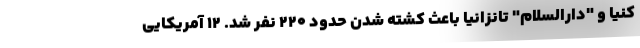
کنیا و "دارالسلام" تانزانیا باعث کشته شدن حدود 220 نفر شد. 12 آمریکایی